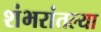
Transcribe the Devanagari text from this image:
शंभरांतल्या